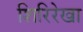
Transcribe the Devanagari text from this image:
शिरिरेखा